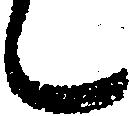
候